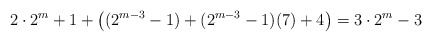
\begin{align*}2 \cdot 2^m+1 + \left((2^{m-3}-1) + (2^{m-3}-1)(7)+4\right) = 3 \cdot 2^m-3\end{align*}